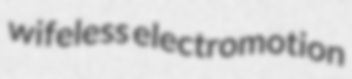
wifeless electromotion